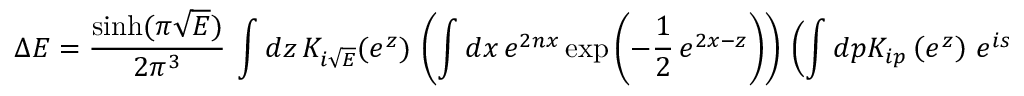
\Delta E = \frac { \sinh ( \pi \sqrt { E } ) } { 2 \pi ^ { 3 } } ~ \int d z \, K _ { i \sqrt { E } } ( e ^ { z } ) \, \left( \int d x \, e ^ { 2 n x } \exp \left( - \frac { 1 } { 2 } \, e ^ { 2 x - z } \right) \right) \, \left( \int d p K _ { i p } \left( e ^ { z } \right) \, e ^ { i s p / 2 } \right) .